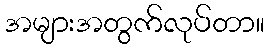
အများအတွက်လုပ်တာ။